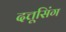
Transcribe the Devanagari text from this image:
दत्तूसिंग